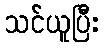
သင်ယူပြီး